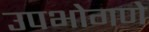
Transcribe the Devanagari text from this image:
उपभोगणे